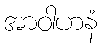
အာဝါဟနံ